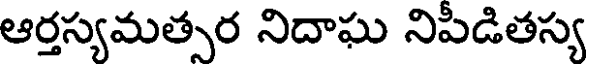
ఆర్తస్యమత్సర నిదాఘ నిపీడితస్య